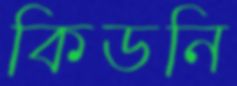
কিডনি